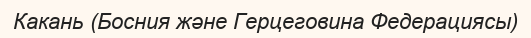
Какань (Босния және Герцеговина Федерациясы)